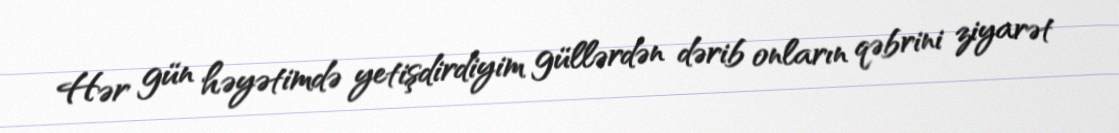
Hər gün həyətimdə yetişdirdiyim güllərdən dərib onların qəbrini ziyarət